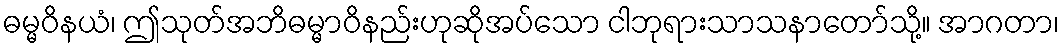
ဓမ္မဝိနယံ၊ ဤသုတ်အဘိဓမ္မာဝိနည်းဟုဆိုအပ်သော ငါဘုရားသာသနာတော်သို့။ အာဂတာ၊